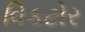
વિકટોર